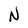
Character: N